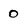
Character: 0